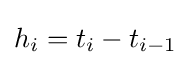
h_{i}=t_{i}-t_{i-1}